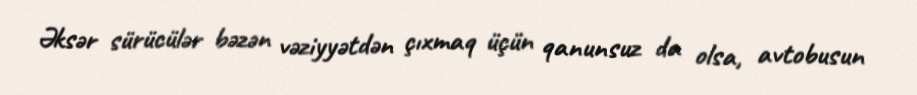
Əksər sürücülər bəzən vəziyyətdən çıxmaq üçün qanunsuz da olsa, avtobusun